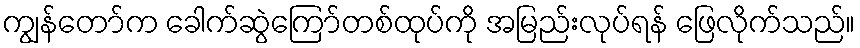
ကျွန်တော်က ခေါက်ဆွဲကြော်တစ်ထုပ်ကို အမြည်းလုပ်ရန် ဖြေလိုက်သည်။